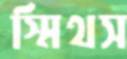
স্মিথস